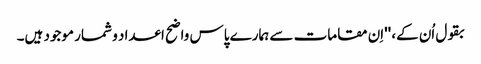
بقول اُن کے، ''اِن مقامات سے ہمارے پاس واضح اعداد و شمار موجود ہیں۔